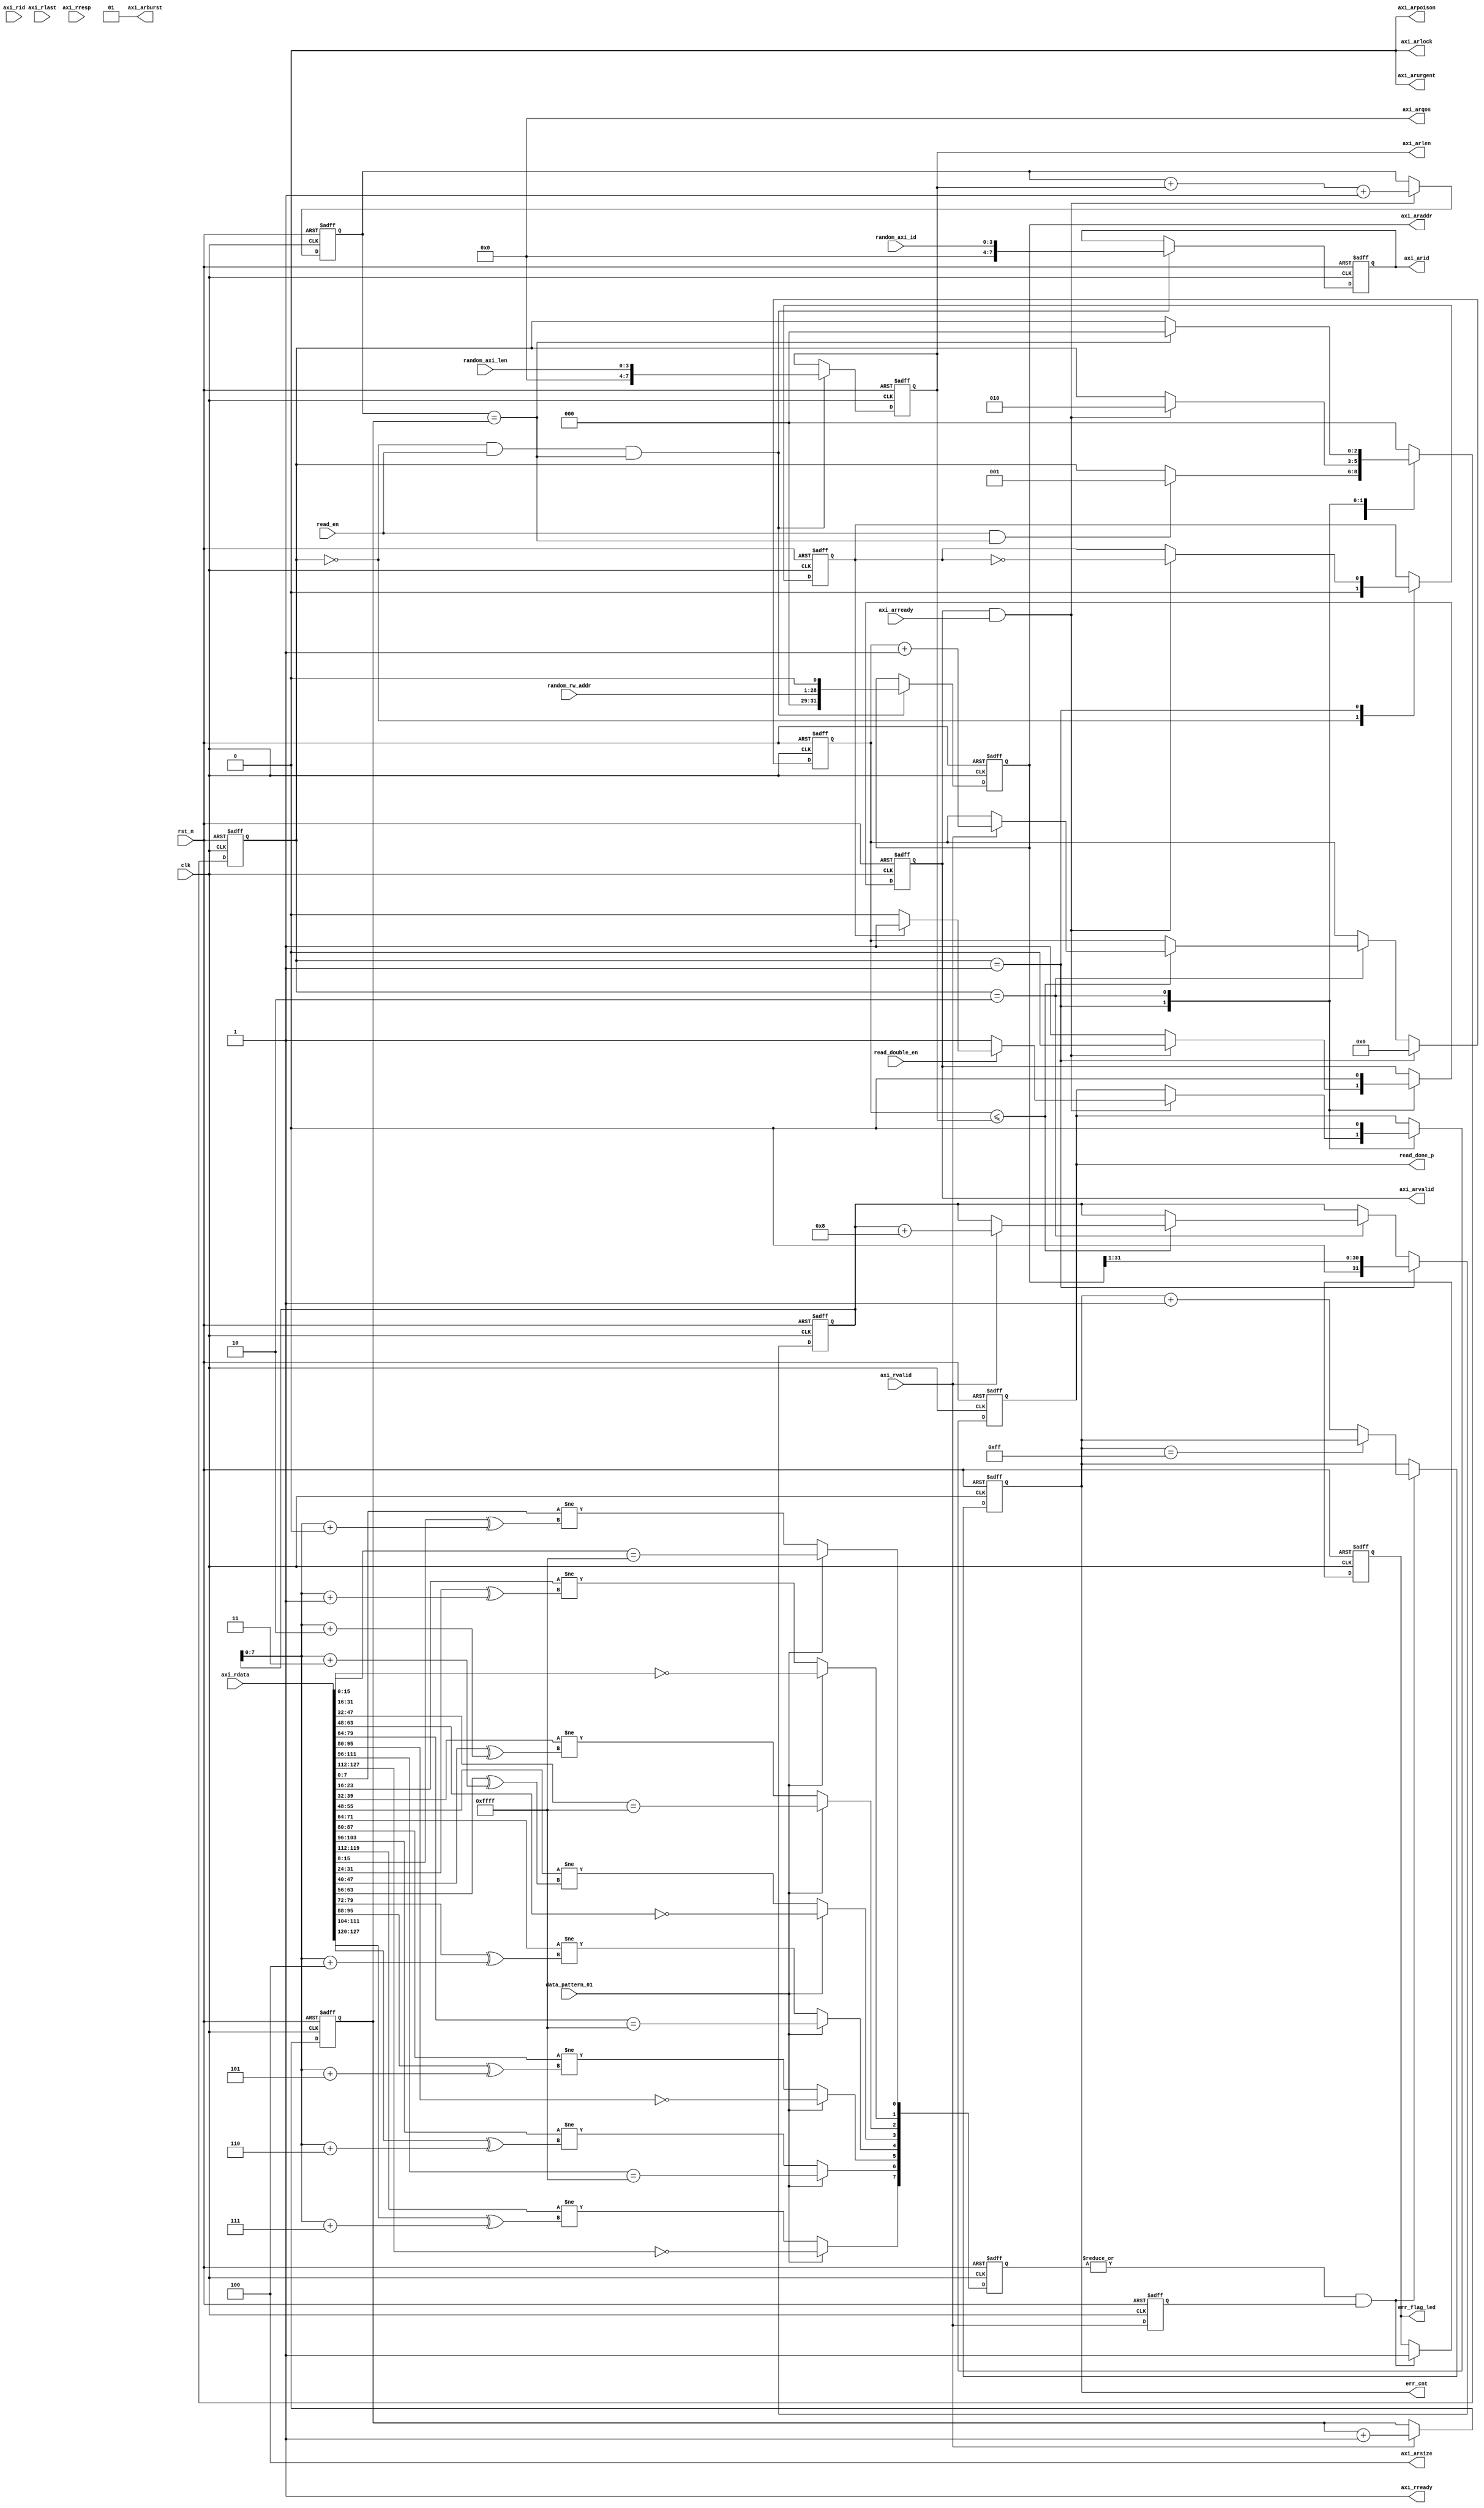
//////////////////////////////////////////////////////////////////////////////
//
// Copyright (c) 2019 PANGO MICROSYSTEMS, INC
// ALL RIGHTS RESERVED.
//
// THE SOURCE CODE CONTAINED HEREIN IS PROPRIETARY TQ PANGO MICROSYSTEMS, INC.
// IT SHALL NOT BE REPRODUCED OR DISCLOSED IN WHOLE OR IN PART OR USED BY
// PARTIES WITHOUT WRITTEN AUTHORIZATION FROM THE OWNER.
//
/////////////////////////////////////////////////////////////////////////////
// Revision:1.0(initial)
//
//////////////////////////////////////////////////////////////////////////////

`timescale 1ps/1ps

module test_rd_ctrl_128bit #(
   parameter CTRL_ADDR_WIDTH = 28,
   parameter MEM_DQ_WIDTH = 16,
   parameter MEM_COL_ADDR_WIDTH = 10,
   parameter MEM_SPACE_AW = 18
   
)(
   input [CTRL_ADDR_WIDTH-1:0] random_rw_addr,
   input [3:0] random_axi_id,
   input [3:0] random_axi_len,

   input clk,
   input rst_n,   
   input read_en,
   input data_pattern_01,
   input read_double_en,

   output reg read_done_p,
   
    output reg [32-1:0]    axi_araddr          ,
    output reg [7:0]       axi_arid            ,
    output reg [7:0]       axi_arlen           ,
    output wire [2:0]       axi_arsize         ,
    output wire [1:0]       axi_arburst        ,
    output wire             axi_arlock              ,
    output wire [3:0]        axi_arqos               ,
    output wire             axi_arpoison            ,
    output wire             axi_arurgent            ,
    input               axi_arready         ,
    output reg             axi_arvalid         ,

    input   [128-1:0]   axi_rdata           ,
    input   [7:0]       axi_rid             ,
    input               axi_rlast           ,
    input               axi_rvalid          ,
    output wire         axi_rready           ,
    input [1:0]         axi_rresp               ,
   output reg [7:0] err_cnt,
   output reg err_flag_led
   
);

localparam DQ_NUM = MEM_DQ_WIDTH/16;
localparam ADDR_NUM_BIT = 31 - CTRL_ADDR_WIDTH;

localparam E_IDLE = 0;
localparam E_RD   = 1;
localparam E_END  = 2;

reg [15:0] req_rd_cnt;
reg [15:0] execute_rd_cnt;
wire  read_finished;

wire [MEM_DQ_WIDTH-1:0] rd_data0;
wire [MEM_DQ_WIDTH-1:0] rd_data1;
wire [MEM_DQ_WIDTH-1:0] rd_data2;
wire [MEM_DQ_WIDTH-1:0] rd_data3;
wire [MEM_DQ_WIDTH-1:0] rd_data4;
wire [MEM_DQ_WIDTH-1:0] rd_data5;
wire [MEM_DQ_WIDTH-1:0] rd_data6;
wire [MEM_DQ_WIDTH-1:0] rd_data7;

wire [7:0]   addr_0_mux;
wire [7:0]   addr_1_mux;
wire [7:0]   addr_2_mux;
wire [7:0]   addr_3_mux;
wire [7:0]   addr_4_mux;
wire [7:0]   addr_5_mux;
wire [7:0]   addr_6_mux;
wire [7:0]   addr_7_mux;

wire [7:0] rd_data_addr;
reg [7:0]   data_err;

reg         axi_rvalid_d1;
//reg         axi_rvalid_d2;
reg [31:0] normal_rd_addr;
reg [2:0] state;
reg [7:0] cnt_len;
reg rd_cnt;
//reg [7:0] err_cnt;

assign  axi_arlock        =1'b0     ; 
assign  axi_arqos         =4'b0     ; 
assign  axi_arurgent      =1'b0     ; 
assign  axi_arpoison      =1'b0     ;
assign  axi_arsize = 3'b100;
assign  axi_arburst = 2'd1;
assign  axi_rready = 1;

always @(posedge clk or negedge rst_n)
begin
   if (!rst_n) begin
      axi_araddr     <= 32'b0; 
      axi_arid  <= 4'b0; 
      axi_arlen      <= 8'b0; 
      axi_arvalid    <= 1'b0; 
      state          <= E_IDLE;
      read_done_p    <= 1'b0;
      rd_cnt <= 0;
   end
   else begin          
             if ((state == E_IDLE) & read_en & read_finished) begin
             axi_arid <= {4'b0000,random_axi_id};
   	         axi_araddr <= {{ADDR_NUM_BIT{1'b0}},{random_rw_addr},1'b0};
   	  	     axi_arlen <= {4'b0000,random_axi_len};   	         
   	      end         
          
          case (state)
              E_IDLE: begin
                   if (read_en & read_finished)
                      state <= E_RD;
                      rd_cnt <= 0;
              end
              E_RD: begin
                   axi_arvalid <= 1'b1;                  
                   if (axi_arvalid&axi_arready) begin
                      axi_arvalid <= 1'b0; 
                      state <= E_END;
                      rd_cnt <= ~rd_cnt;
                      if(read_double_en) begin
                      if(rd_cnt==1)
                      read_done_p <= 1'b1;
                      else 
                      read_done_p <= 1'b0;
                      end
                     else
                      read_done_p <= 1'b1;
                   end
              end
              E_END: begin
                   axi_arvalid <= 1'b0;
                   read_done_p <= 1'b0;
                   if (read_finished)
                      state <= E_IDLE;
              end
              default: begin
              	  state <= E_IDLE;
              end
          endcase     
        end
end        

always @(posedge clk or negedge rst_n)
begin
   if (!rst_n) begin
     normal_rd_addr <= 32'd0;
     cnt_len <= 8'd0; 
   end
   else begin 
    if(state == E_RD) begin 
      normal_rd_addr <= {1'b0,{axi_araddr[31:1]}};
      cnt_len <= 8'd0;  
    end
    else if(state == E_END) begin
      if(cnt_len <= axi_arlen) begin
        if(axi_rvalid) begin
          normal_rd_addr <= normal_rd_addr + 32'd8;
          cnt_len <= cnt_len + 1;
        end
    end
    end
end
end



always @(posedge clk or negedge rst_n)
   if (!rst_n) begin
   	  req_rd_cnt     <= 16'd0;
   	  execute_rd_cnt <= 16'd0;
   end
   else begin
   	  if (axi_arvalid & axi_arready) begin
   	  	    req_rd_cnt <= req_rd_cnt + {8'd0,axi_arlen} + 1;
   	  end   	  
   	  if (axi_rvalid) begin
   	     execute_rd_cnt <= execute_rd_cnt + 1;
   	  end      
   end

assign  read_finished = (req_rd_cnt == execute_rd_cnt);

assign rd_data0 = axi_rdata[MEM_DQ_WIDTH-1:0];
assign rd_data1 = axi_rdata[MEM_DQ_WIDTH*2-1:MEM_DQ_WIDTH];
assign rd_data2 = axi_rdata[MEM_DQ_WIDTH*3-1:MEM_DQ_WIDTH*2];
assign rd_data3 = axi_rdata[MEM_DQ_WIDTH*4-1:MEM_DQ_WIDTH*3];
assign rd_data4 = axi_rdata[MEM_DQ_WIDTH*5-1:MEM_DQ_WIDTH*4];
assign rd_data5 = axi_rdata[MEM_DQ_WIDTH*6-1:MEM_DQ_WIDTH*5];
assign rd_data6 = axi_rdata[MEM_DQ_WIDTH*7-1:MEM_DQ_WIDTH*6];
assign rd_data7 = axi_rdata[MEM_DQ_WIDTH*8-1:MEM_DQ_WIDTH*7];

always @(posedge clk or negedge rst_n)
begin
    if(~rst_n)
    begin
        axi_rvalid_d1 <= 1'b0;
//        axi_rvalid_d2 <= 1'b0;
    end
    else
    begin
        axi_rvalid_d1 <= axi_rvalid;
//        axi_rvalid_d2 <= axi_rvalid_d1;
    end
end

assign rd_data_addr = normal_rd_addr[7:0];

assign addr_0_mux = rd_data_addr + 8'd0;
assign addr_1_mux = rd_data_addr + 8'd1;
assign addr_2_mux = rd_data_addr + 8'd2;
assign addr_3_mux = rd_data_addr + 8'd3;
assign addr_4_mux = rd_data_addr + 8'd4;
assign addr_5_mux = rd_data_addr + 8'd5;
assign addr_6_mux = rd_data_addr + 8'd6;
assign addr_7_mux = rd_data_addr + 8'd7;

always @(posedge clk or negedge rst_n)
begin
    if(~rst_n)
    begin
        data_err[0] <= 1'b0;
        data_err[1] <= 1'b0;
        data_err[2] <= 1'b0;
        data_err[3] <= 1'b0;
        data_err[4] <= 1'b0;
        data_err[5] <= 1'b0;
        data_err[6] <= 1'b0;
        data_err[7] <= 1'b0;
    end
    else
    begin
        if(data_pattern_01) begin
        data_err[0] <= rd_data0 == 16'hffff;
        data_err[1] <= rd_data1 == 16'h0000;
        data_err[2] <= rd_data2 == 16'hffff;
        data_err[3] <= rd_data3 == 16'h0000;
        data_err[4] <= rd_data4 == 16'hffff;
        data_err[5] <= rd_data5 == 16'h0000;
        data_err[6] <= rd_data6 == 16'hffff;
        data_err[7] <= rd_data7 == 16'h0000;
    end
    else begin
        data_err[0] <= DATA_CHK(rd_data0,addr_0_mux);
        data_err[1] <= DATA_CHK(rd_data1,addr_1_mux);
        data_err[2] <= DATA_CHK(rd_data2,addr_2_mux);
        data_err[3] <= DATA_CHK(rd_data3,addr_3_mux);
        data_err[4] <= DATA_CHK(rd_data4,addr_4_mux);
        data_err[5] <= DATA_CHK(rd_data5,addr_5_mux);
        data_err[6] <= DATA_CHK(rd_data6,addr_6_mux);
        data_err[7] <= DATA_CHK(rd_data7,addr_7_mux);
end
    end
end


assign err = |data_err;

function DATA_CHK;
    input [MEM_DQ_WIDTH-1:0] data_in;
    input   [7:0]   addr;
    reg     [7:0]   data_random;
    reg     [MEM_DQ_WIDTH-1:0]  expect_data;
    begin
        data_random = data_in[15:8];
        expect_data = {DQ_NUM{data_random,(data_random ^ addr)}};
        DATA_CHK = data_in != expect_data;
    end
endfunction

always @(posedge clk or negedge rst_n)
begin
    if(~rst_n)
    begin
        err_cnt <= 8'b0;
        err_flag_led <= 1'b0;
    end
    else if(err && axi_rvalid_d1)
    begin
        if(err_cnt == 8'hff)
            err_cnt <= err_cnt;
        else
            err_cnt <= err_cnt + 8'b1;
        err_flag_led <= 1'b1;
    end
end        
        
 endmodule